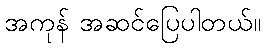
အကုန် အဆင်ပြေပါတယ်။